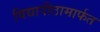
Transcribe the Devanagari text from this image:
विद्यापीठामार्फत